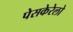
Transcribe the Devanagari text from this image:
पेसकेरेलो